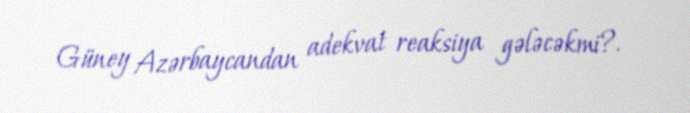
Güney Azərbaycandan adekvat reaksiya gələcəkmi?.